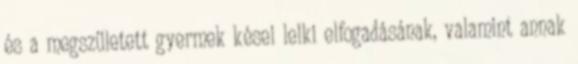
és a megszületett gyermek kései lelki elfogadásának, valamint annak